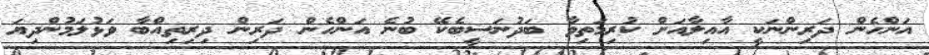
އަންހެން ދަރިންނަކީ އާއިލާއަށް ކުރިމަތިވާ ބަދުނަސީބެކޭ ބުނެ އަންހެން ދަރިން ދިރިތިއްބާ ވަޅުލަމުންދިޔަ